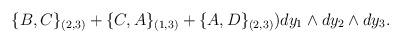
LaTeX: \begin{align*}\{B,C\}_{(2,3)}+\{C,A\}_{(1,3)}+\{A,D\}_{(2,3)})dy_{1} \wedge dy_2 \wedge dy_3.\end{align*}